Report of the veterinary officer investigating camel disease
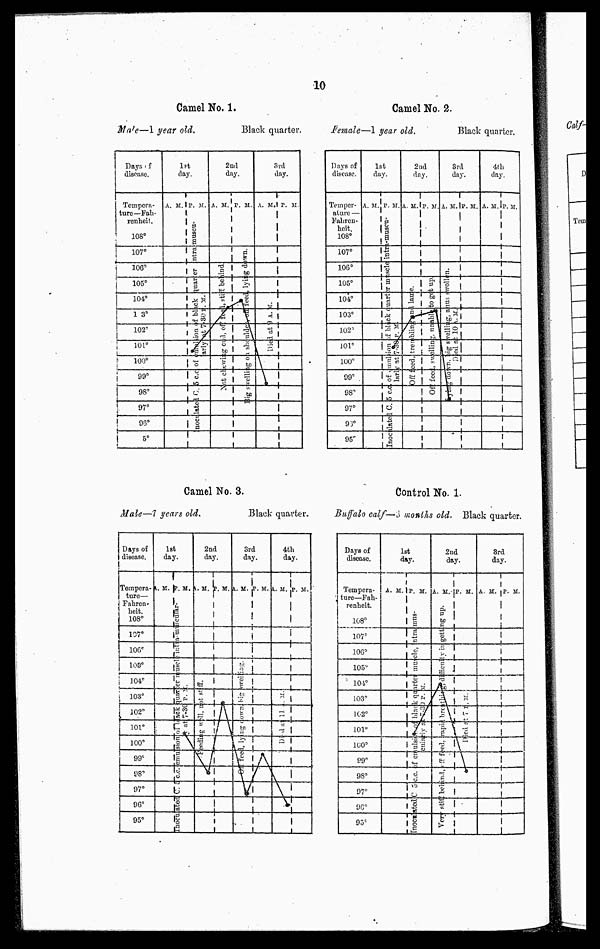
10
Camel No. 1.
Male—1 year old.
Black quarter.
Camel No. 2.
Female—1 year old.
Black quarter.
Camel No. 3.
Male—7 years old.
Black quarter.
Control No. 1.
Buffalo calf—3 months old. Black quarter.